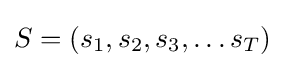
S=(s_{1},s_{2},s_{3},\ldots s_{T})